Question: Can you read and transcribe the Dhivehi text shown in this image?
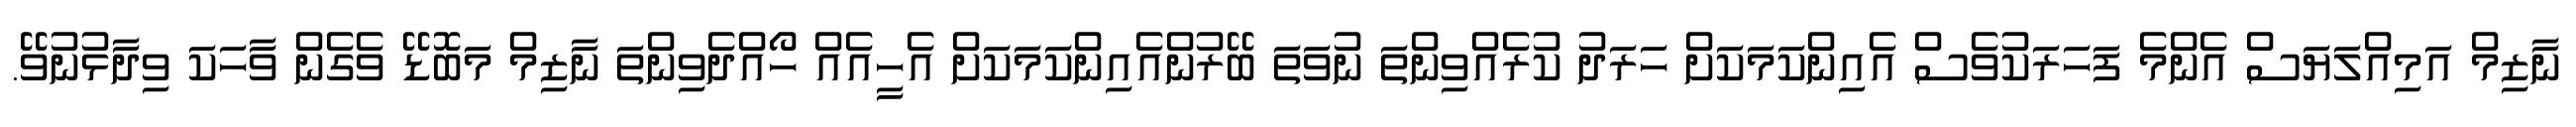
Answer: ނާޒިމް އަމިއްލަޔަސް އެންމެ ފަހަރަކުވެސް އެއިންކަމަކަށް ހަރަދު ކުރެއްވިންތަ ނުވަތަ ބޭރުންއެއިންކަމަކަށް އެހީއެއް ހޯއްދެވިންތަ ނާޒިމް މަބޮޑޭ ވެގެން ވާހަކަ ވިދާޅުނުވޭ.